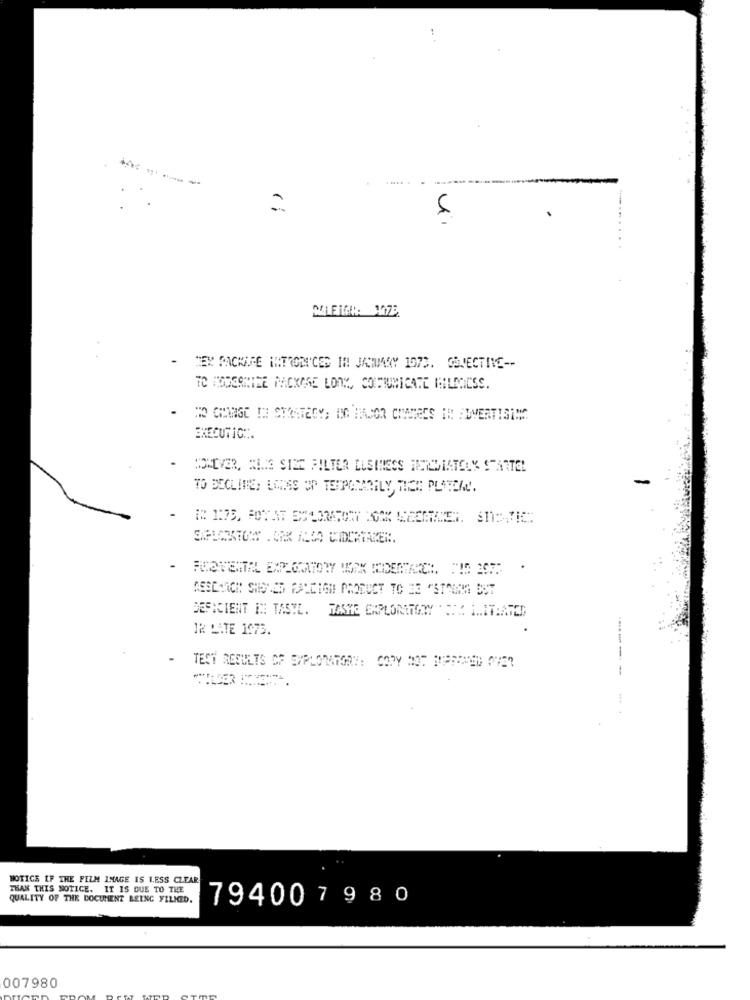
5
-TEX SACHIRE INTRODUCES IN JANUARY 1073. OBJECTIVE --
TO MODERNIZE MACKORE LONY, COIFIUMICATE PHILMICS
. HO CHANGE IN STRATEGY; ING MAJOR CHAMECS IN ADVERTISING
BRECUTICH.
- SEVER, RING SIZE FILTER BUSINESS HISTODIATELY STARTEL
ASSEARCH SHONES FALCIGN PRODUCT TO 33 "STOOM
DEFICIENT IN TASTE. HASTE EXPLORATORY DE INITIATED
IR LATE 1975.
TEST RESULTS OF EXPLORATORY: COPY MOT MANNEN OVER
BOTICS IF THE FILM IMAGE IS LESS CLEAR
THAN THIS NOTICE. IT IS DUE TO THE
QUALITY OF THE DOCUMENT BEING FILMED.
794007980
007980